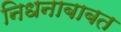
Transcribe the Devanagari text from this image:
निधनाबाबत